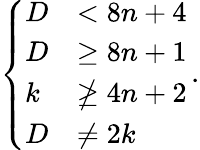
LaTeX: \left\{ \begin{array}{ll}{D}&{<8n+4}\\ {D}&{\geq 8n+1}\\ {k}&{\ngeq 4n+2}\\ {D}&{\neq 2k}\end{array}\right.\, .